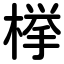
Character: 﨔